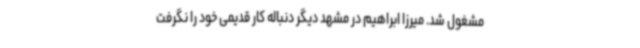
مشغول شد. میرزا ابراهیم در مشهد دیگر دنباله کار قدیمی خود را نگرفت